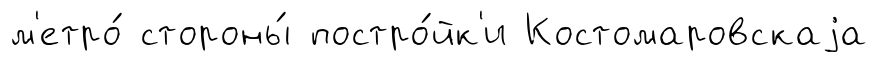
м'етро́ стороны́ постро́йк'и Костомаровскаjа